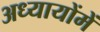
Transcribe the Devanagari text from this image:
अध्यायोंमें